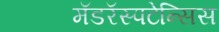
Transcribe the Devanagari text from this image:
मॅडरॅस्पटेन्सिस